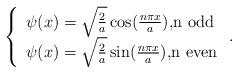
LaTeX: \begin{align*}\left\lbrace \begin{array}{l}\psi(x)=\sqrt{\frac{2}{a}} \cos(\frac{n\pi x}{a}),$n odd$ \\\psi(x)=\sqrt{\frac{2}{a}} \sin(\frac{n\pi x}{a}),$n even$\end{array} \right. .\end{align*}